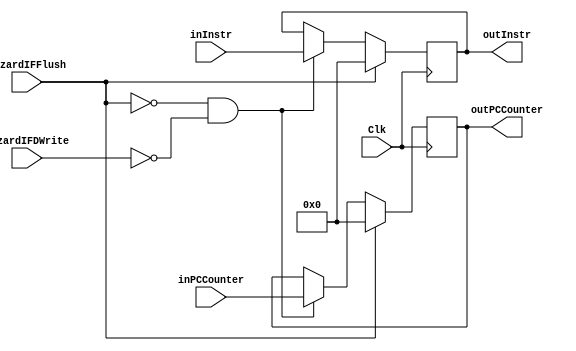
`timescale 1ns / 1ps
//////////////////////////////////////////////////////////////////////////////////
// Company: University of Arizona
// 
// Design Name: 
// Module Name: pipelineIFID
//////////////////////////////////////////////////////////////////////////////////


module pipelineIFID(Clk, inInstr, outInstr, hazardIFDWrite, hazardIFFlush, inPCCounter, outPCCounter);

    //Input signal
    input Clk;
    input [31:0] inInstr, inPCCounter;
    //Output signal
    output reg [31:0] outInstr, outPCCounter;
    //Selector signal
    input hazardIFDWrite, hazardIFFlush;
        
    always @ (posedge Clk) 
    begin
        if (~hazardIFFlush && ~hazardIFDWrite)
        begin
            outInstr <= inInstr;    //Else send out instr as normal
            outPCCounter <= inPCCounter;
        end
        if (hazardIFFlush)
        begin
            outInstr <= 32'd0;  //If stall, send out "nop" instruction
            outPCCounter <= 0; //necessary or not?       
        end
    
//        if (hazardIFFlush)
//        begin
//            outInstr <= 32'd0;  //If stall, send out "nop" instruction
//            outPCCounter <= 0; //necessary or not?
//        end
//        else
//        begin
//            outInstr <= inInstr;    //Else send out instr as normal
//            outPCCounter <= inPCCounter;
//        end
    end

endmodule